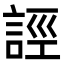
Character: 誙